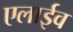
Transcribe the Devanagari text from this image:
एलाईव